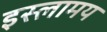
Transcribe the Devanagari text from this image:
इस्लामय